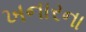
ખનારના